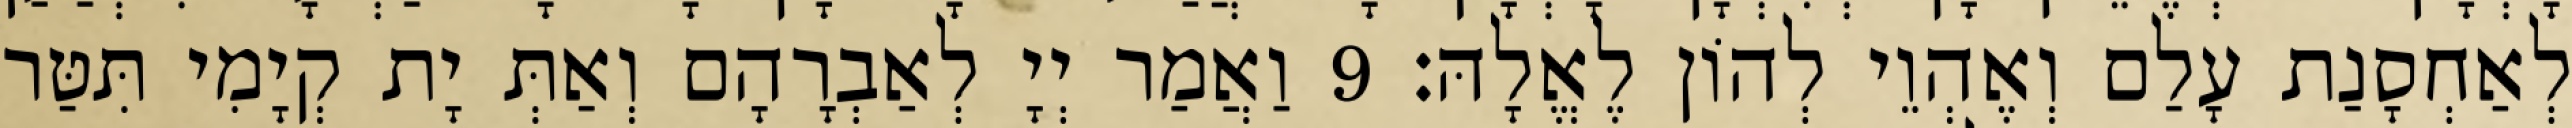
לְאַחְסָנַת עָלַם וְאֶהְוֵי לְהוֹן לֶאֱלָהּ׃ 9 וַאֲמַר יְיָ לְאַבְרָהָם וְאַתְּ יָת קְיָמִי תִּטַּר